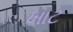
ખાટ